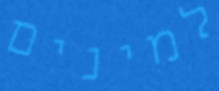
למינים